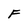
Character: F